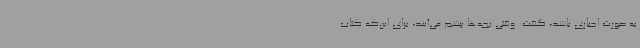
به صورت اجباری باشد، گفت: وقتی بچه‌ها پیشم می‌آیند، برای این‌که کتاب